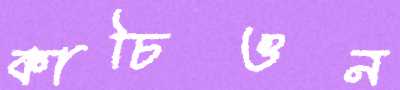
কাচিওন